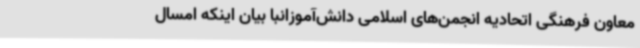
معاون فرهنگی اتحادیه انجمن‌های اسلامی دانش‌آموزانبا بیان اینکه امسال